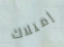
إمتلاك